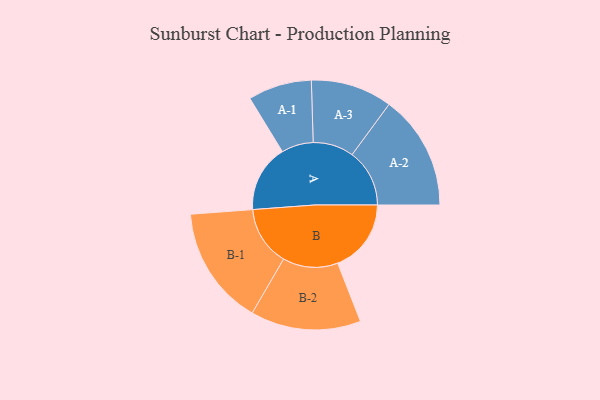
{"axis": {"x": "Segment", "y": "Value"}, "legend": ["", "A", "B"], "data": [{"x": "A", "y": 289, "type": ""}, {"x": "B", "y": 316, "type": ""}, {"x": "A-1", "y": 137, "type": "A"}, {"x": "A-2", "y": 247, "type": "A"}, {"x": "A-3", "y": 175, "type": "A"}, {"x": "B-1", "y": 256, "type": "B"}, {"x": "B-2", "y": 237, "type": "B"}]}